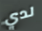
لدي